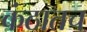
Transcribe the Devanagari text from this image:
कंठातच